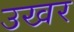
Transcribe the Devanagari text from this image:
उखर